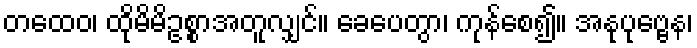
တထေဝ၊ ထိုမိမိဥစ္စာအတူလျှင်။ ခေပေတွာ၊ ကုန်စေ၍။ အနုပုဗ္ဗေန၊